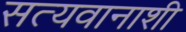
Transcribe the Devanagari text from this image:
सत्यवानाशी